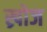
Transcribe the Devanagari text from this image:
ख्रोज